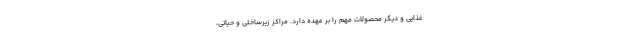
غذایی و دیگر محصولات مهم را بر عهده دارد. مراکز زیرساختی و حیاتی،